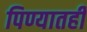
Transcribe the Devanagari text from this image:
पिण्यातही